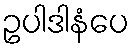
ဥပါဒါနံပေ